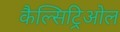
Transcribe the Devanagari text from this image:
कैल्सिट्रिओल